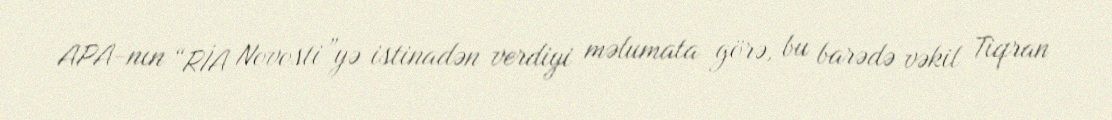
APA-nın “RİA Novosti”yə istinadən verdiyi məlumata görə, bu barədə vəkil Tiqran